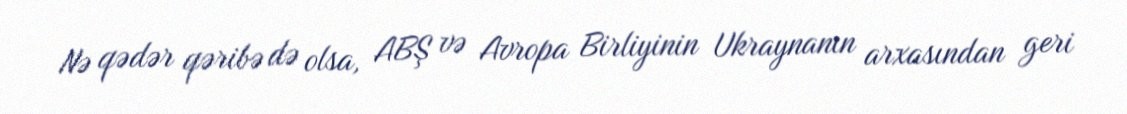
Nə qədər qəribə də olsa, ABŞ və Avropa Birliyinin Ukraynanın arxasından geri